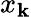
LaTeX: x_{\mathbf{k}}